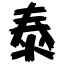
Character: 泰